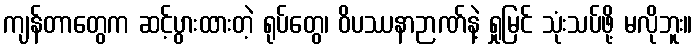
ကျန်တာတွေက ဆင့်ပွားထားတဲ့ ရုပ်တွေ၊ ဝိပဿနာဉာဏ်နဲ့ ရှုမြင် သုံးသပ်ဖို့ မလိုဘူး။